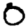
Digit: 0